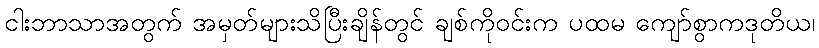
ငါးဘာသာအတွက် အမှတ်များသိပြီးချိန်တွင် ချစ်ကိုဝင်းက ပထမ ကျော်စွာကဒုတိယ၊